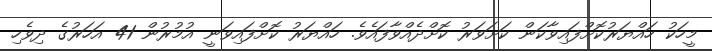
މީހަކު ހައްޔަރުކޮށްފައިވާކަން ކަށަވަރު ކޮށްދެއްވާފައެވެ. ހައްޔަރު ކޮށްފައިވަނީ އުމުރުން 41 އަހަރުގެ ދިވެހި